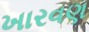
ખારવણ